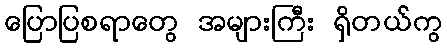
ပြောပြစရာတွေ အများကြီး ရှိတယ်ကွ